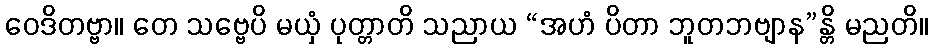
ဝေဒိတဗ္ဗာ။ တေ သဗ္ဗေပိ မယှံ ပုတ္တာတိ သညာယ “အဟံ ပိတာ ဘူတဘဗျာန”န္တိ မညတိ။